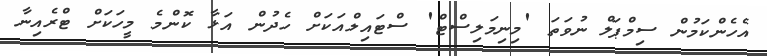
އެހެންކަމުން ސިމްޕަލް ނުވަތަ 'މިނިމަލިސްޓް' ސްޓައިލްއަކަށް ހެދުން އަޅާ ކޮންމެ މީހަކަށް ޓްރެއިނާ